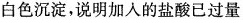
白色沉淀，说明加入的盐酸已过量